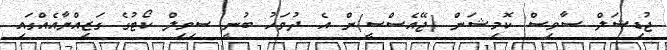
ޖުޑިޝަލް ސާވިސް ކޮމިޝަން (ޖޭއެސްސީ)ން އެ ދުވަހު ބުނީ ސިވިލް ކޯޓުގެ ގަޒިއްޔާއެއްގައި